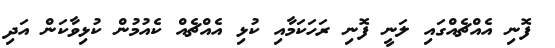
ފޮނި އެއްޗެއްގައި ލަނީ ފޮނި ރަހަކަމާއި ކުޅި އެއްޗެއް ކެއުމުން ކުޅިވާކަން އަދި